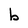
Character: b